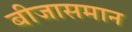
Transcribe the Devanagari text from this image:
बीजासमान